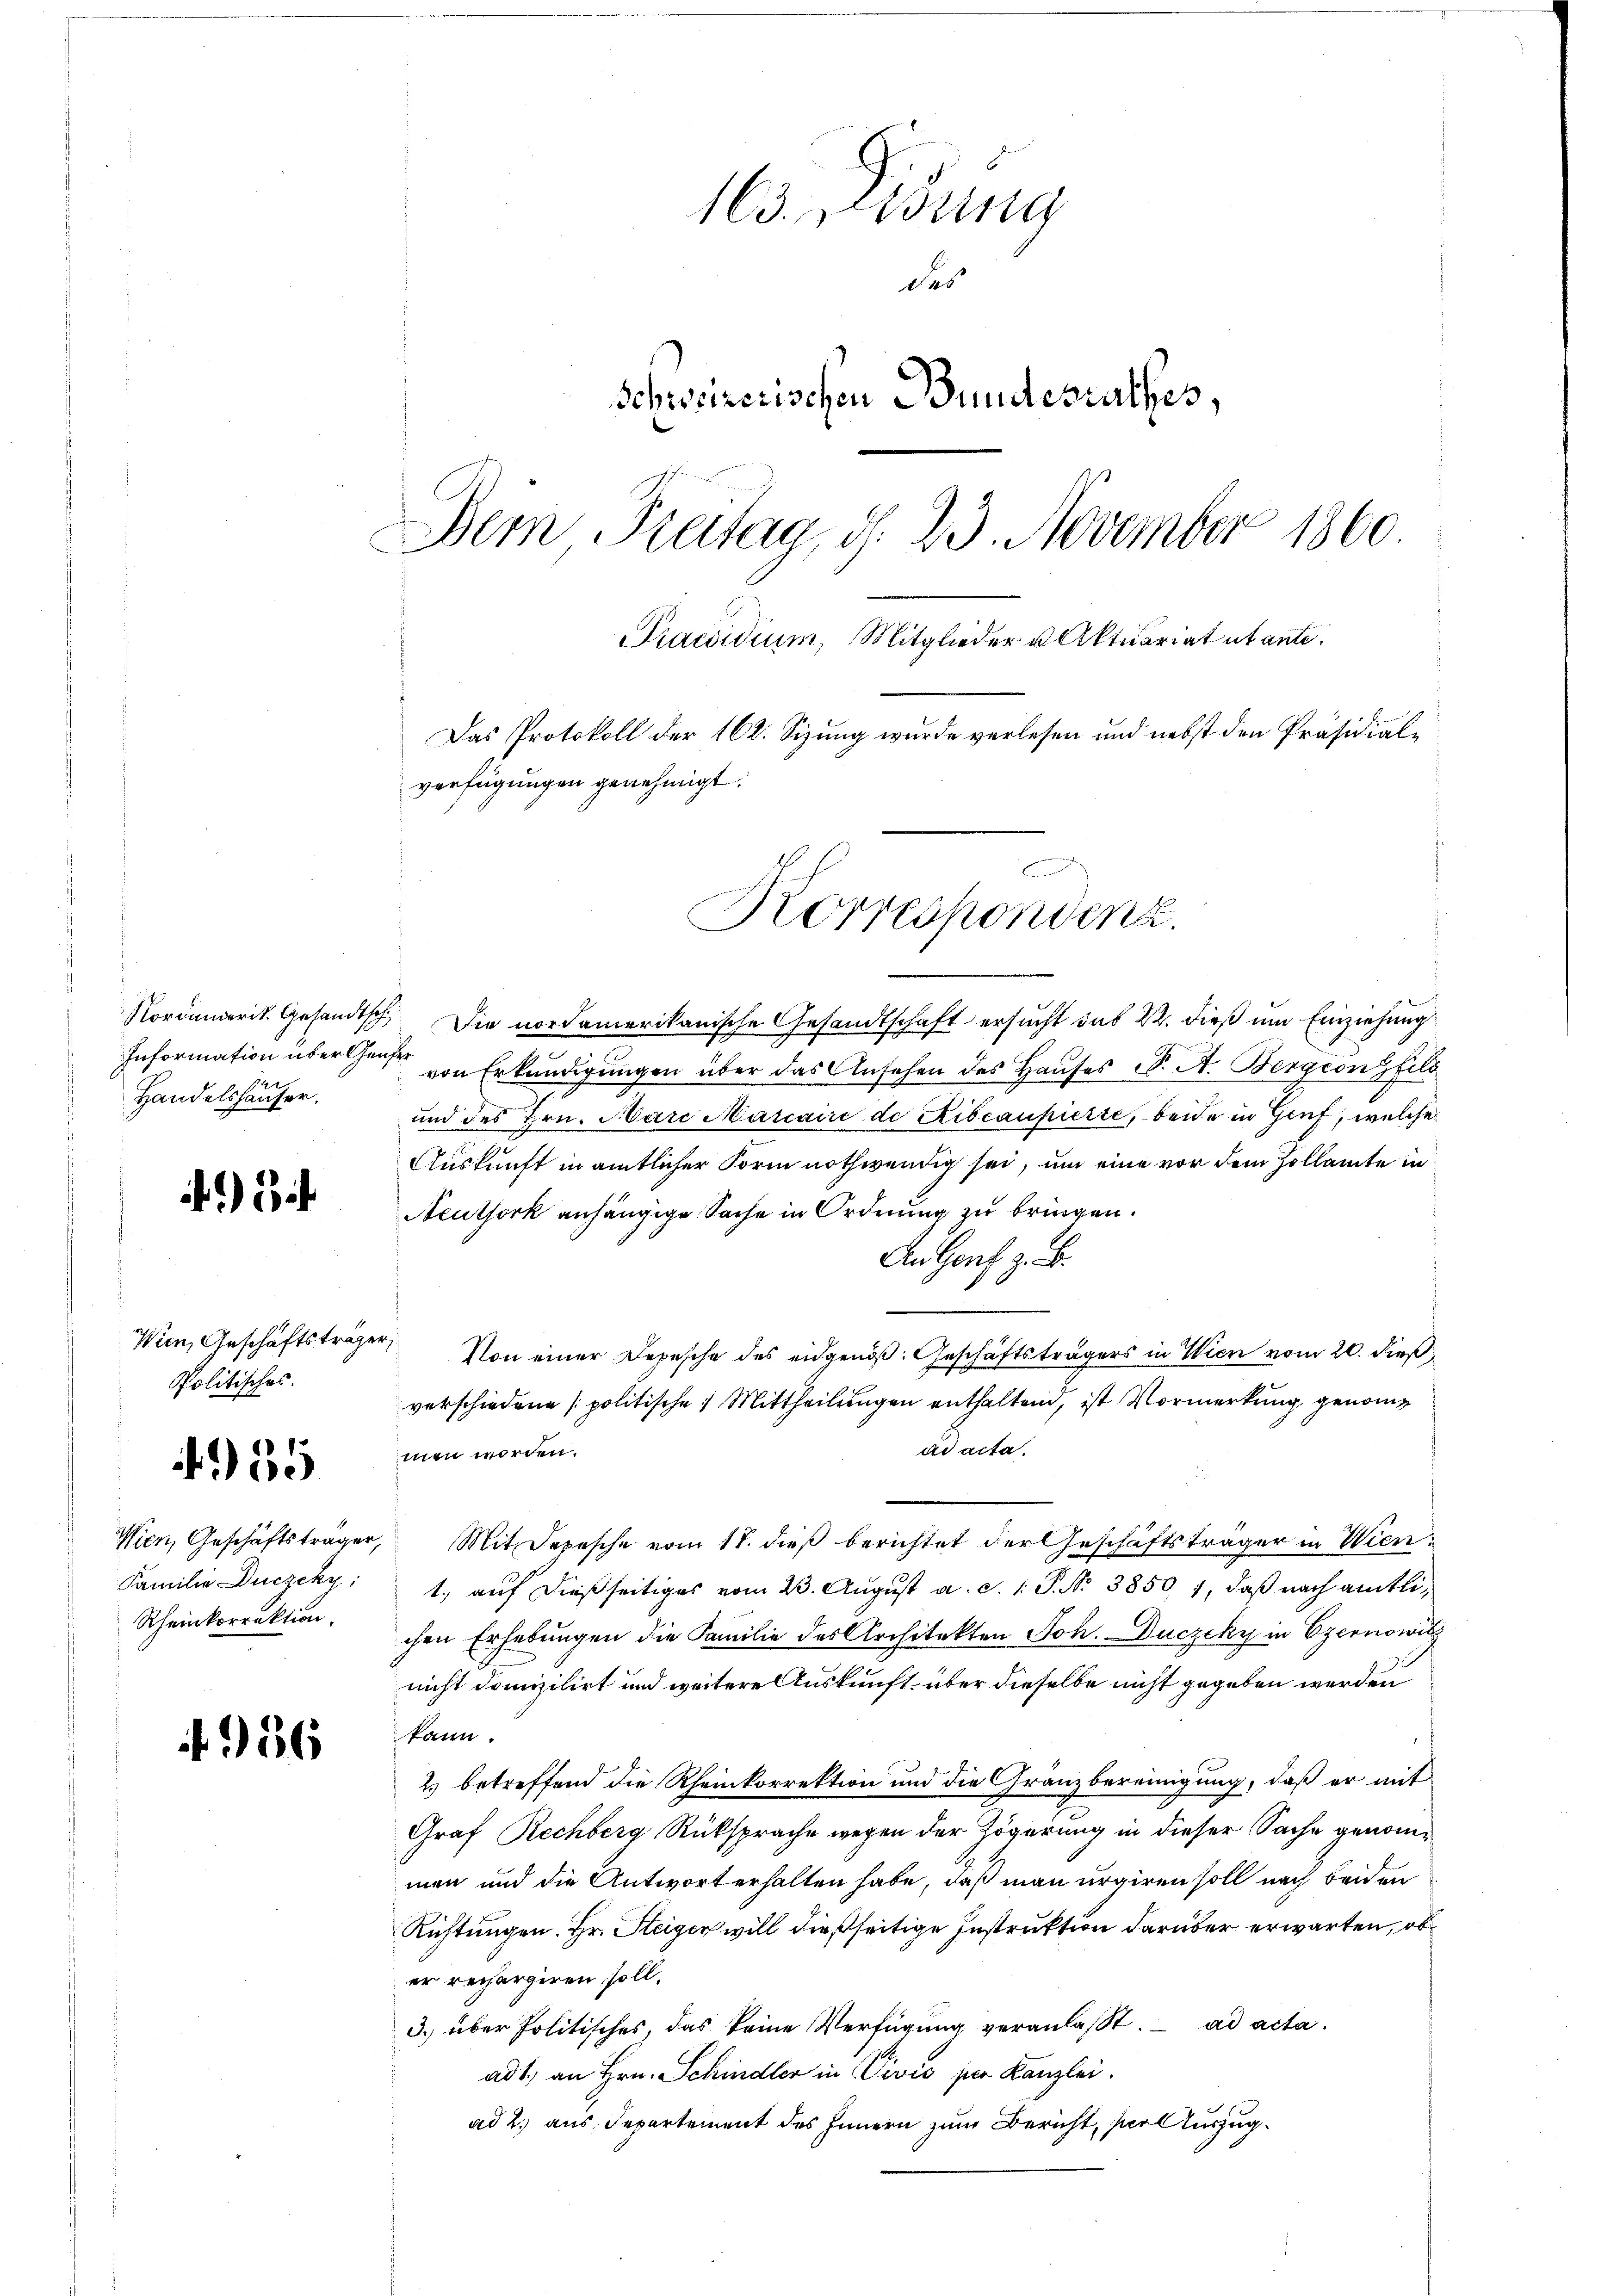
Information über Gene
Handelshäuser.

)

Wien, Geschäftsträger,
Politisches.

5

Familie Duczeky:
Rheinkorrektion.

56

13. Disung
des
Schweizerischen Bundesrathes,
Dein Freitag, d. 23. November 1860
Praesidium, Mitglieder u Aktuariat utante.
Das Protokoll der 162. Sizung wurde verlesen und nebst den Präsidial-
verfügungen genehmigt.
E

Korrespondenz.

Nordamerik. Gesandtsch. Die nordamerikanische Gesandtschaft ersucht sub 22. dieß um Einziehung
von Erkundigungen über das Ansehen des Hauses S. A. Bergeongfels
und des Hrn. Mare Marcaire de Ribcaupierte, beide in Genf, welche
Auskunft in amtlicher Form nothwendig sei, um eine vor dem Zollamte in
Neuthork anhängige Sache in Ordnung zu bringen.
An Genf z. B.
Von einer Depesche des eidgenöβ: Geschäftsträgers in Wien vom 20. dieß
verschiedene politische Mittheilungen enthaltend, ist Vormerkung genomad acta.
men worden.
Wien, Geschäftsträger, Mit Depesche vom 18. dieß berichtet der Geschäftsträger in Wien
1., auf dießseitiges vom 23. August a. d. 1. P. N. 3850, 1, daß nach amtlichen Erhebungen die Familie des Architekten Joh. Duczeky in Czernowitz
nicht domizilirt und weitere Auskunft über dieselbe nicht gegeben werden
kann.
2) betreffend die Rheinkorrektion und die Gränzbereinigung, daß er mit
Graf Rechberg Rüksprache wegen der Zögerung in dieser Sache genommen und die Antwort erhalten habe, daß man urgiren soll nach beiden
Richtungen. Hr. Steiger will dießseitige Instruktion darüber erwarten, ob
er rechargiren soll,
3. über Politisches, das keine Verfügung veranlasst. ad acta.
ad 1., an Hrn. Schindler in Vivis per Kanzlei.
ad 2. aus Departement des Innern zum Bericht, serauszug